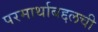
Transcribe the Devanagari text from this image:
परमार्थाबद्दलची